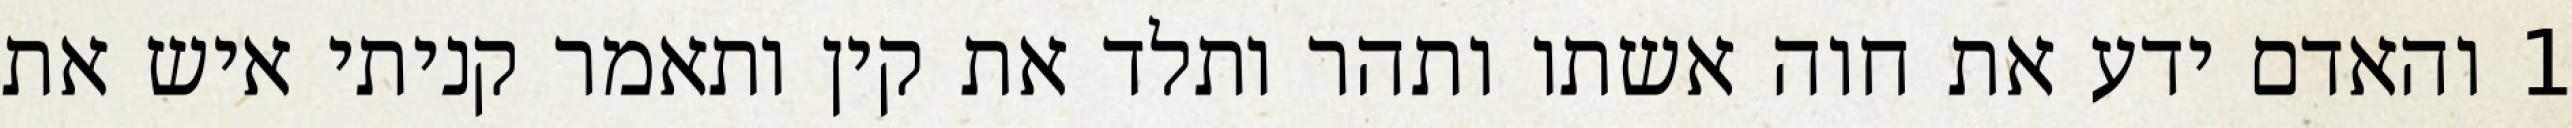
1 והאדם ידע את חוה אשתו ותהר ותלד את קין ותאמר קניתי איש את